Lunatic asylums in Bengal annual reports 1888-1898 - 1888-1898
Year: 1888
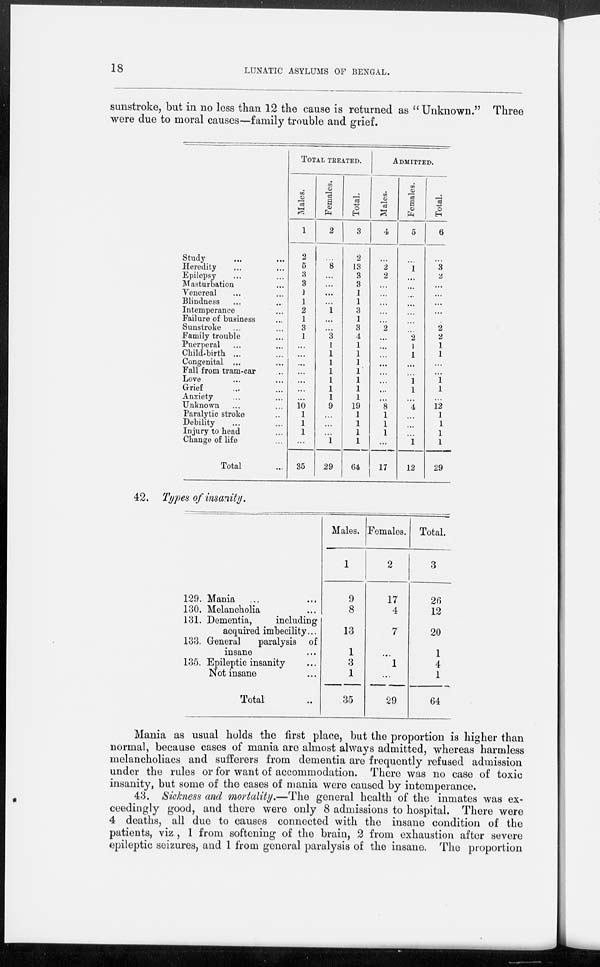
18
LUNATIC ASYLUMS OF BENGAL.
sunstroke, but in no less than 12 the cause is returned as " Unknown." Three
were due to moral causes—family trouble and grief.
Study ... ...
Heredity ... ...
Epilepsy ... ...
Masturbation ...
Venereal ... ...
Blindness ... ...
Intemperance ...
Failure of business ...
Sunstroke ... ...
Family trouble ...
Puerperal ... ...
Child-birth ... ...
Congenital ... ...
Fall from tram-car ...
Love ... ...
Grief ... ...
Anxiety ... ...
Unknown ... ...
Paralytic stroke ...
Debility ... ...
Injury to head ...
Change of life ...
Total ...
TOTAL TREATED.
Males.
1
2
5
3
3
1
1
2
1
3
1
...
...
...
...
...
...
...
10
1
1
1
...
35
Females.
2
...
8
...
...
...
...
1
...
...
3
1
1
1
1
1
1
1
9
...
...
...
1
29
Total.
3
2
13
3
3
1
1
3
1
3
4
1
1
1
1
1
1
1
19
1
1
1
1
64
ADMITTED.
Males.
4
...
2
2
...
...
...
...
...
2
...
...
...
...
...
...
...
...
8
1
1
1
...
17
Females.
5
...
1
...
...
...
...
...
...
...
2
1
1
...
...
1
1
...
4
...
...
...
1
12
Total.
6
...
3
2
...
...
...
...
...
2
2
1
1
...
...
1
1
...
12
1
1
1
1
29
42. Types of insanity.
129. Mania ... ...
130. Melancholia ...
131. Dementia,
including
acquired imbecility...
133. General
paralysis of
insane ...
135. Epileptic insanity ...
Not insane ...
Total ...
Males.
1
9
8
13
1
3
1
35
Females.
2
17
4
7
...
1
...
29
Total.
3
26
12
20
1
4
1
64
Mania as usual holds the first place, but the proportion is higher than
normal, because cases of mania are almost always admitted, whereas harmless
melancholiacs and sufferers from dementia are frequently refused admission
under the rules or for want of accommodation. There was no case of toxic
insanity, but some of the cases of mania were caused by intemperance.
43. Sickness and mortality.—The general health of the inmates was ex-
ceedingly good, and there were only 8 admissions to hospital. There were
4 deaths, all due to causes connected with the insane condition of the
patients, viz , 1 from softening of the brain, 2 from exhaustion after severe
epileptic seizures, and 1 from general paralysis of the insane. The proportion